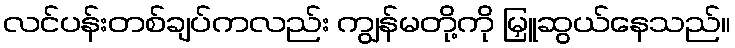
လင်ပန်းတစ်ချပ်ကလည်း ကျွန်မတို့ကို မြှူဆွယ်နေသည်။